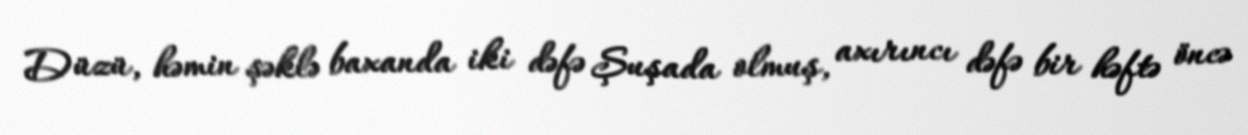
Düzü, həmin şəklə baxanda iki dəfə Şuşada olmuş, axırıncı dəfə bir həftə öncə